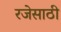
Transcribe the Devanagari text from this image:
रजेसाठी